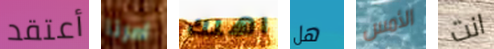
أعتقد امرنا اهلك هل الأمس انت